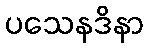
ပသေနဒိနာ